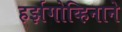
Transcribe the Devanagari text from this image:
हर्झगोव्हिनाने